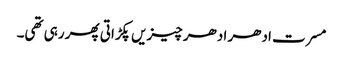
مسرت ادھر ادھر چیزیں پکڑاتی پھر رہی تھی۔